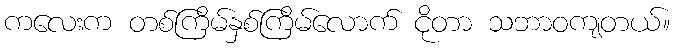
ကလေးက တစ်ကြိမ်နှစ်ကြိမ်လောက် ငိုတာ သဘာဝကျတယ်။